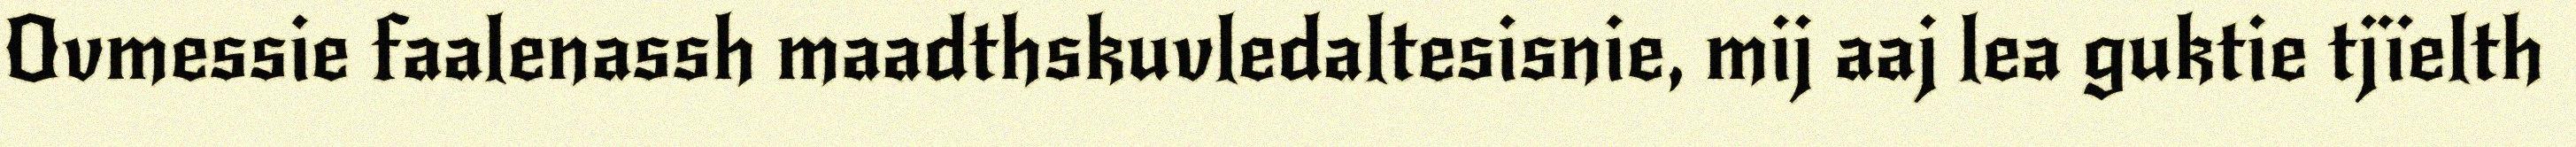
Ovmessie faalenassh maadthskuvledaltesisnie, mij aaj lea guktie tjïelth